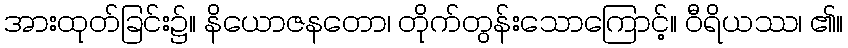
အားထုတ်ခြင်း၌။ နိယောဇနတော၊ တိုက်တွန်းသောကြောင့်။ ဝီရိယဿ၊ ၏။